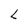
Character: L